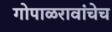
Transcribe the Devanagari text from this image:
गोपाळरावांचेच